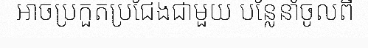
អាចប្រកួតប្រជែងជាមួយ បន្លែនាំចូលពី